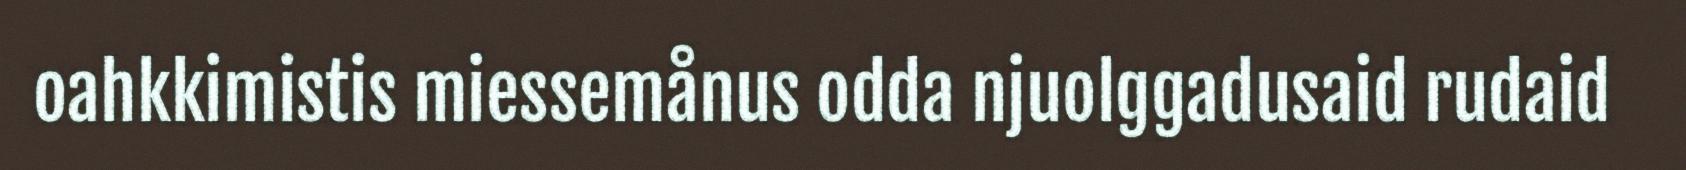
oahkkimistis miessemånus odda njuolggadusaid rudaid